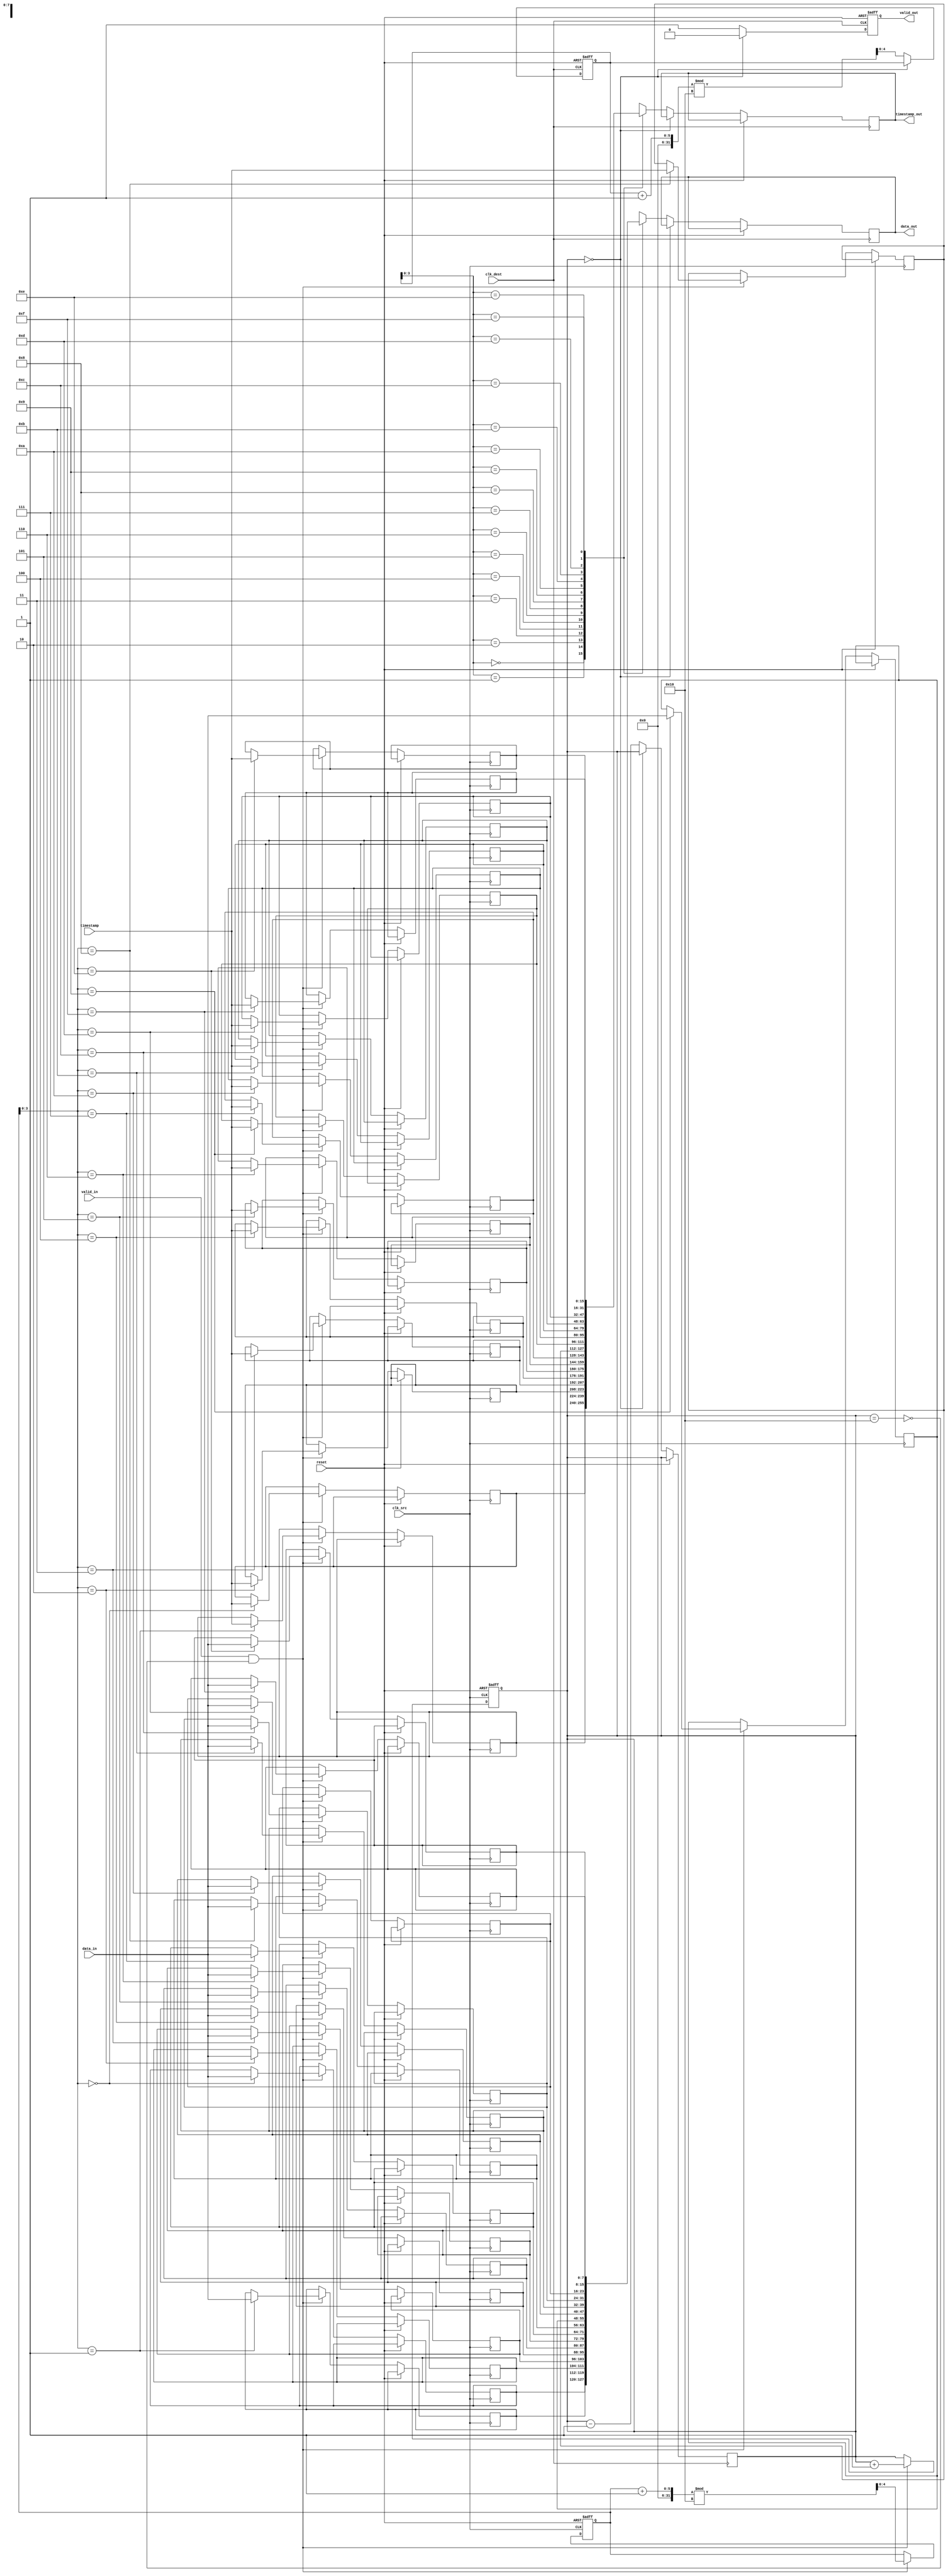
module TimeStampedSynchronizer #(
    parameter DATA_WIDTH = 8,
    parameter TIMESTAMP_WIDTH = 16,
    parameter FIFO_DEPTH = 16
)(
    input wire clk_src,
    input wire clk_dest,
    input wire reset,
    input wire [DATA_WIDTH-1:0] data_in,
    input wire [TIMESTAMP_WIDTH-1:0] timestamp,
    input wire valid_in,
    
    output reg [DATA_WIDTH-1:0] data_out,
    output reg [TIMESTAMP_WIDTH-1:0] timestamp_out,
    output reg valid_out
);

// FIFO Memory
reg [DATA_WIDTH-1:0] fifo_data [0:FIFO_DEPTH-1];
reg [TIMESTAMP_WIDTH-1:0] fifo_timestamp [0:FIFO_DEPTH-1];
reg [4:0] write_pointer;
reg [4:0] read_pointer;
reg [4:0] fifo_count;

// FIFO Control Signals
wire fifo_full = (fifo_count == FIFO_DEPTH);
wire fifo_empty = (fifo_count == 0);

// Write Logic (Source Domain)
always @(posedge clk_src or posedge reset) begin
    if (reset) begin
        write_pointer <= 0;
        fifo_count <= 0;
    end else if (valid_in && !fifo_full) begin
        fifo_data[write_pointer] <= data_in;
        fifo_timestamp[write_pointer] <= timestamp;
        write_pointer <= (write_pointer + 1) % FIFO_DEPTH;
        fifo_count <= fifo_count + 1;
    end
end

// Read Logic (Destination Domain)
always @(posedge clk_dest or posedge reset) begin
    if (reset) begin
        read_pointer <= 0;
        valid_out <= 0;
    end else if (!fifo_empty) begin
        data_out <= fifo_data[read_pointer];
        timestamp_out <= fifo_timestamp[read_pointer];
        valid_out <= 1;
        read_pointer <= (read_pointer + 1) % FIFO_DEPTH;
        fifo_count <= fifo_count - 1;
    end else begin
        valid_out <= 0;
    end
end

endmodule